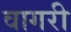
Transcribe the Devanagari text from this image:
वागरी